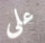
على